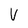
Character: v